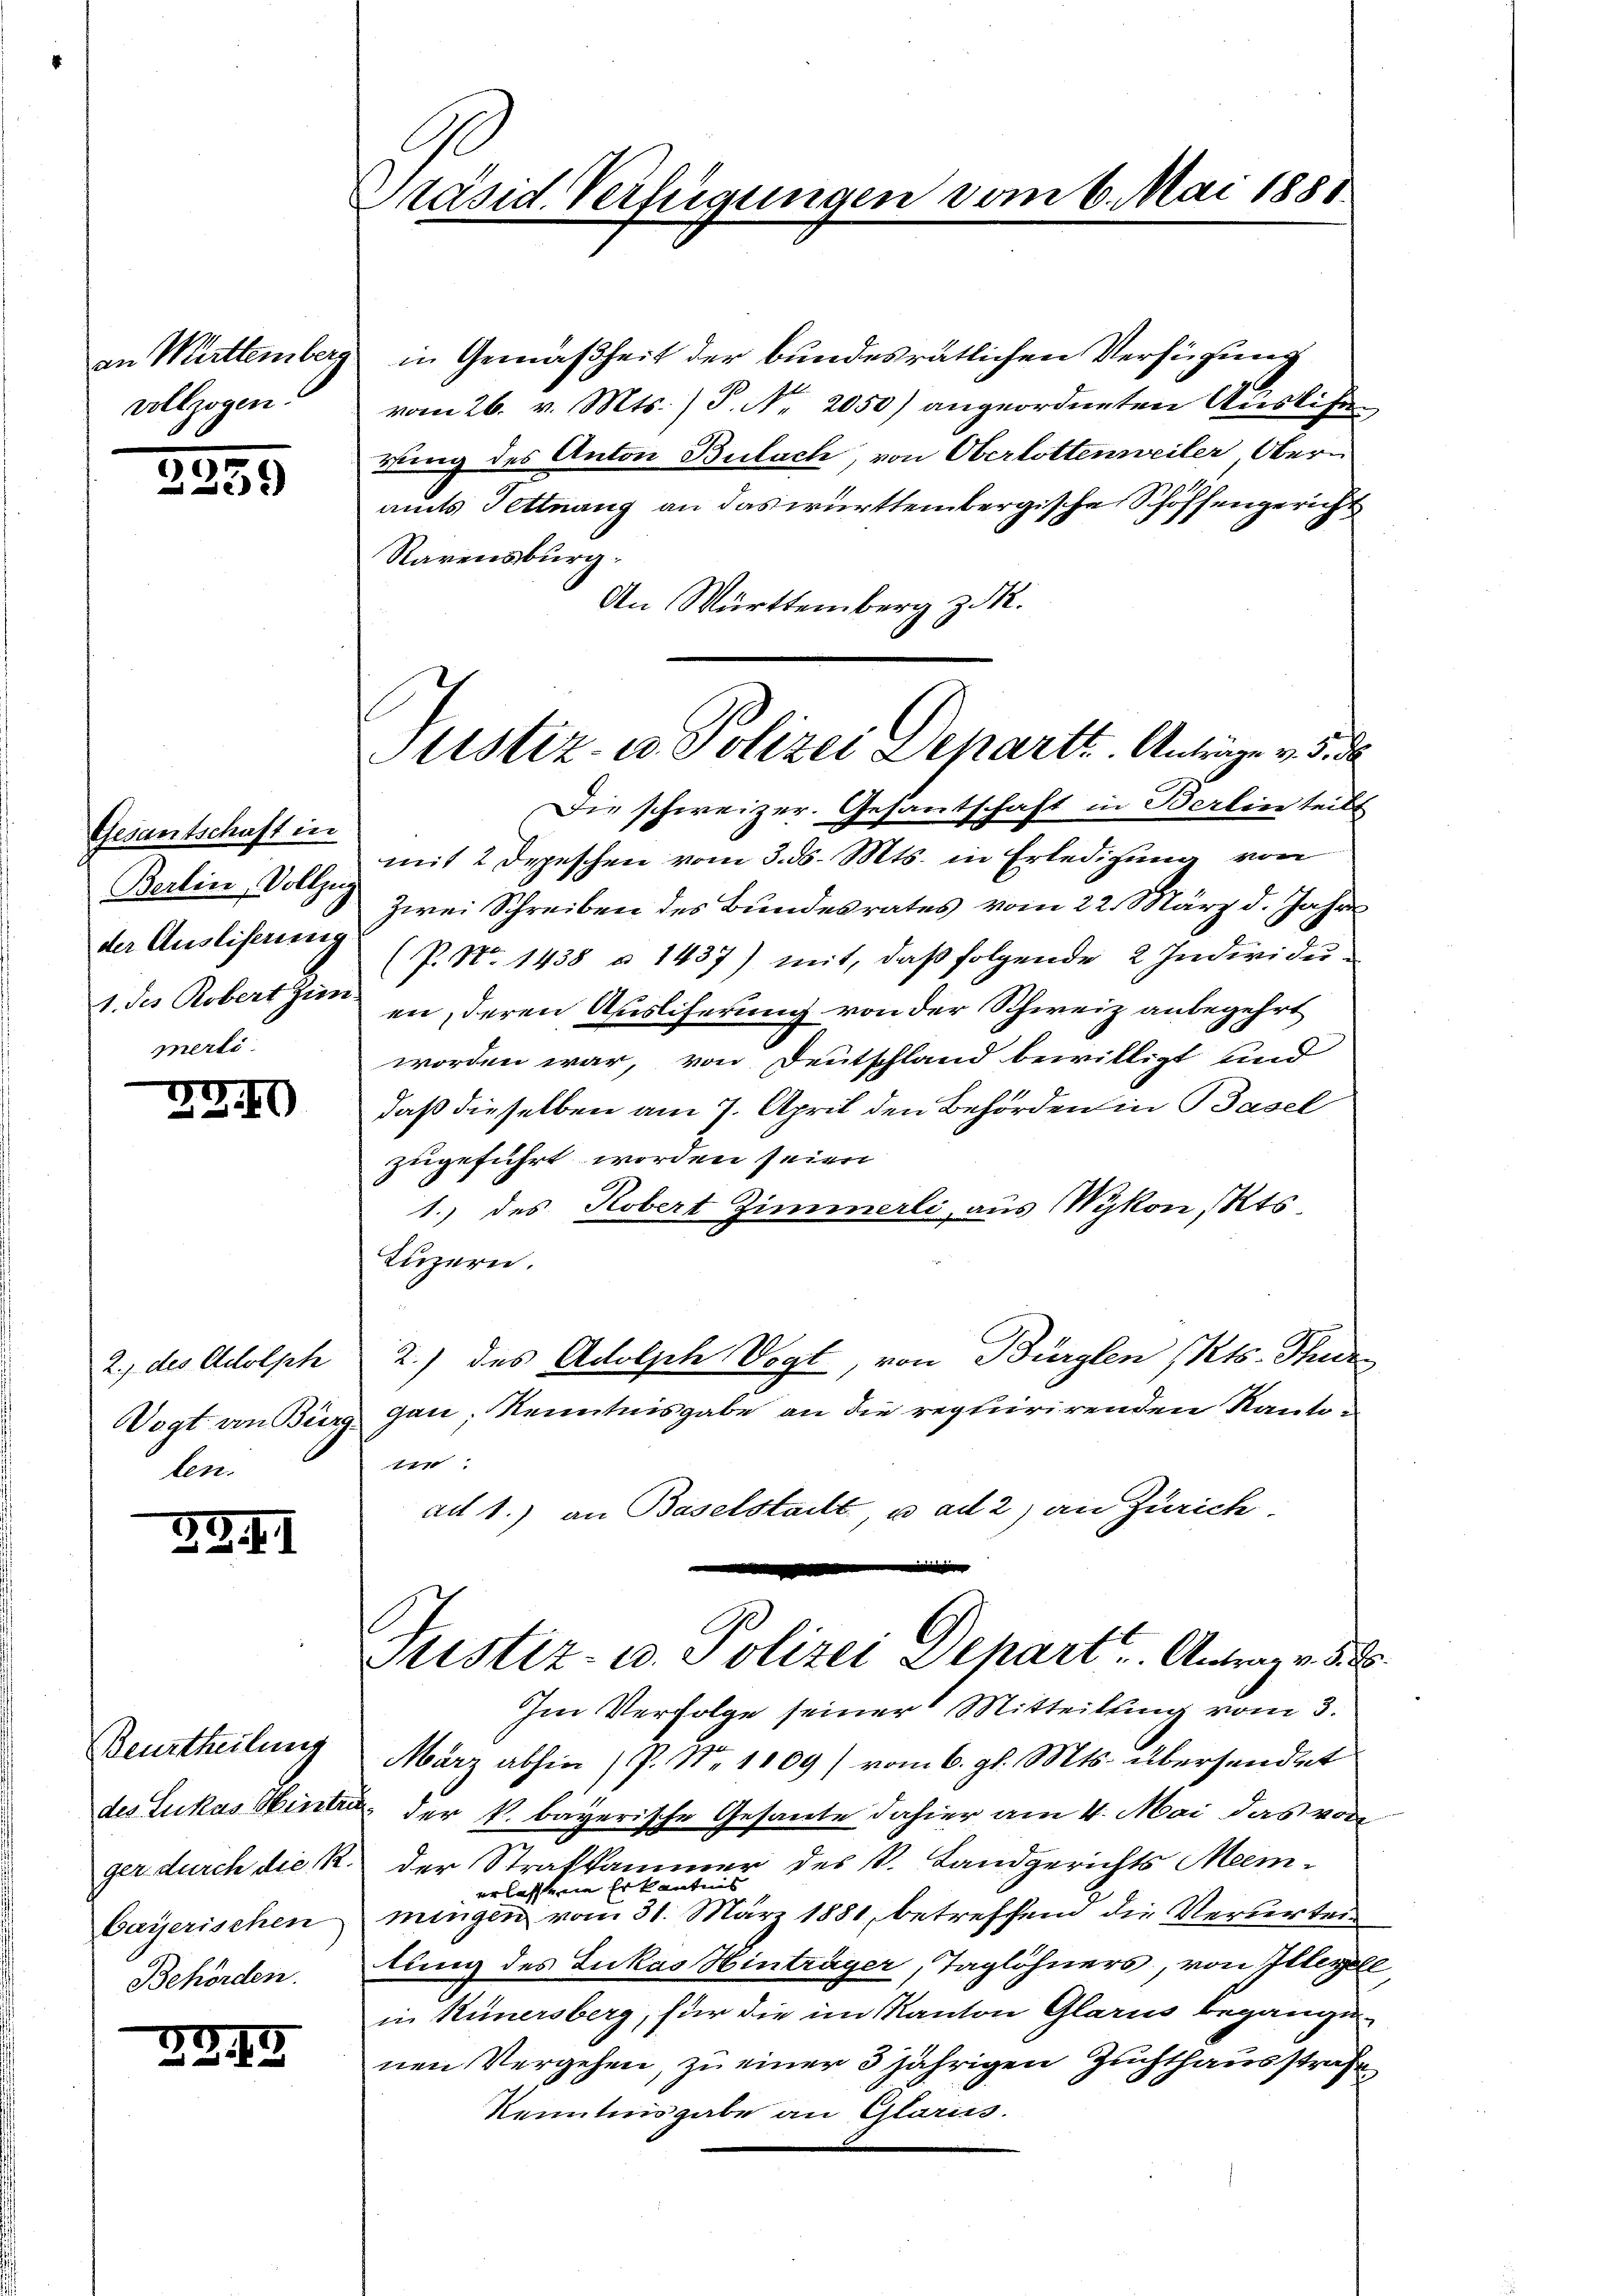
an Mirttemberg.
vollzogen.

2239

Gesantschaft in
Berlin, Vollzug
der Ausliserung
1. des Robert gien
merli

27 II

2., des Adolph
Vogt an Bür
ben

2341

Beurtheilung
des Lukas Winte
ger durch die R.
bayerischen
Behörden.

24.

Präsid. Verlegungen vom 6. Mai 1881.

in Gemäßheit der bundesrätlichen Verfügung
vom 26. v. Mts. ) P. Nr. 2050) angeordneten Auslie
rung des Anton Bulach, von Oberlottenweiler Oberamts Pettnang an das württembergische Schöffengericht
Rarensburg.
An Württemberg z. R.
Die schweizer. Gesantschaft in Berlin teilt
mit 2 Depeschen vom 3. ds. Mts. in Erledigung von
Zwei Schreiben des Bundesrates vom 22. März d. Jahres
(P. No 1438 § 1437) mit, daß folgende 2 Individuen, deren Ausliferung von der Schweiz anbegehrt
worden war, von Deutschland bewilligt und
daß dieselben am 7. April den Behörden in Basel
zugeführt worden seien
1.) des Robert Zimmerli, aus Wykon, Kts.
Luzern.
2.) des Adolph Vogt, von Bürglen Kts. Thur-
gau, Kenntnisgabe an die requirirenden Kantog
ad 1.) an Baselstadt, u. ad 2) an Zürich.
e
Justiz- u. Polizei Depart u. Antrag v.
Im Verfolge seiner Mitteilung vom 3.
März abhin (P. Nr. 1809) vom 6. gl. Mts. übersendet
. der k. bayerische Gesante dahier am 4. Mai das von
der Strafkammer des S. Landgerichts Meein-
erlassene Er kanntnis
mingen vom 31. März 1881, betreffend die Verurtei
tung des Lukas Hinträger, Taglöhners, von Illerle
in Kunersberg, für die im Kanton Glarus begangen.
nen Vergehen, zu einer 3 jährigen Zuchthausstrafe
Kenntnisgabe an Glarus.

ustiz- u. Polizei Departe. Antrage v. 5. d